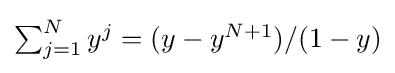
{\textstyle \sum _{j=1}^{N}y^{j}=(y-y^{N+1})/(1-y)}